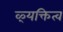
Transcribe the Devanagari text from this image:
ऴ्यक्तित्व